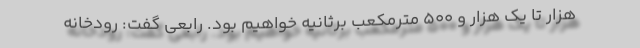
هزار تا یک هزار و ۵۰۰ مترمکعب برثانیه خواهیم بود. رابعی گفت: رودخانه